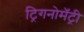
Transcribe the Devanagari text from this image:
ट्रिगनोमॅट्री